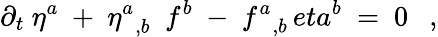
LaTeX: \partial_{t}\ \eta^{a}\ +\ {\eta^{a}}_{,b}\ \ f^{b}\ -\ {f^{a}}_{,b}\, eta^{b}\ =\ 0\ \ \ ,